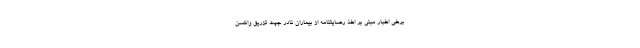
برخی اخبار مبنی بر اخذ رضایتنامه از بیماران نادر جهت تزریق واکسن